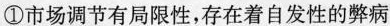
①市场调节有局限性，存在着自发性的弊病